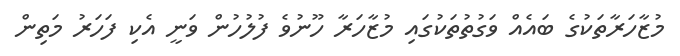
މުޒާހަރާތަކުގެ ބައެއް ވަގުތުތަކުގައި މުޒާހަރާ ހޫނުވެ ފުލުހުން ވަނީ އެކި ފަހަރު މަތިން